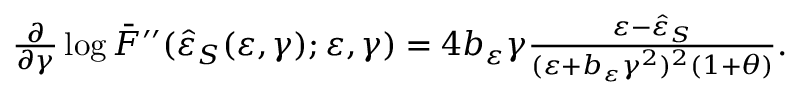
\begin{array} { r } { \frac { \partial } { \partial \gamma } \log { \bar { F } ^ { \prime \prime } ( \hat { \varepsilon } _ { S } ( \varepsilon , \gamma ) ; \varepsilon , \gamma ) } = 4 b _ { \varepsilon } \gamma \frac { \varepsilon - \hat { \varepsilon } _ { S } } { ( \varepsilon + b _ { \varepsilon } \gamma ^ { 2 } ) ^ { 2 } ( 1 + \theta ) } . } \end{array}